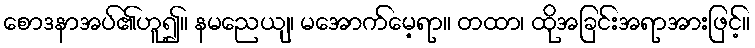
စောဒနာအပ်၏ဟူ၍။ နမညေယျ၊ မအောက်မေ့ရာ။ တထာ၊ ထိုအခြင်းအရာအားဖြင့်။